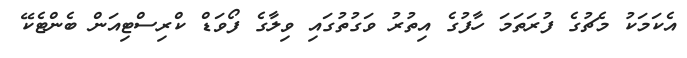
އެކަމަކު މެޗުގެ ފުރަތަމަ ހާފުގެ އިތުރު ވަގުތުގައި ވިލާގެ ފޯވަޑް ކްރިސްޓިއަން ބެންޓެކޭ